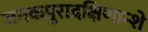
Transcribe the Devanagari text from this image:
जनकपुरादक्षिणान्शे